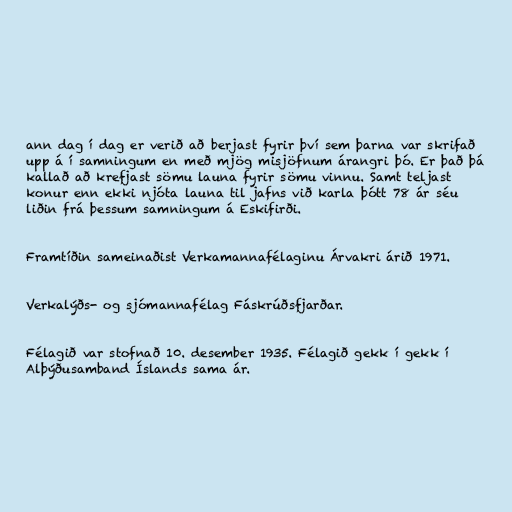
ann dag í dag er verið að berjast fyrir því sem þarna var skrifað
upp á í samningum en með mjög misjöfnum árangri þó. Er það þá
kallað að krefjast sömu launa fyrir sömu vinnu. Samt teljast
konur enn ekki njóta launa til jafns við karla þótt 78 ár séu
liðin frá þessum samningum á Eskifirði.

Framtíðin sameinaðist Verkamannafélaginu Árvakri árið 1971.

Verkalýðs- og sjómannafélag Fáskrúðsfjarðar.

Félagið var stofnað 10. desember 1935. Félagið gekk í gekk í
Alþýðusamband Íslands sama ár.